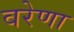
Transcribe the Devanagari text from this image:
वरेणा